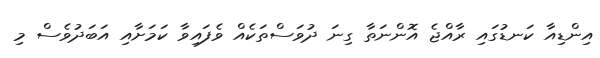
އިންޑިއާ ކަނޑުގައި ރާއްޖެ އޮންނަތާ ގިނަ ދުވަސްތަކެއް ވެފައިވާ ކަމަށާއި އަބަދުވެސް މި